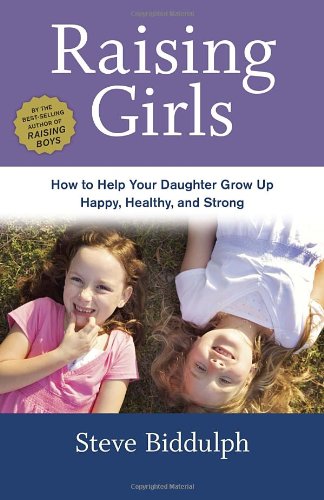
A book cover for Raising Girls: How to Help Your Daughter Grow Up Happy, Healthy, and Strong; Steve Biddulph; Parenting & Relationships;